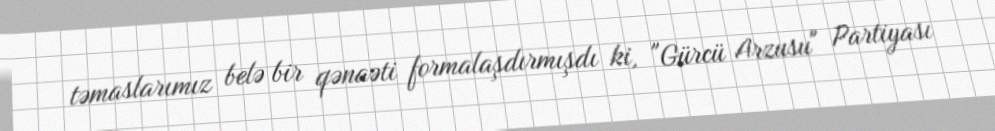
təmaslarımız belə bir qənaəti formalaşdırmışdı ki, "Gürcü Arzusu" Partiyası